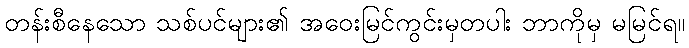
တန်းစီနေသော သစ်ပင်များ၏ အဝေးမြင်ကွင်းမှတပါး ဘာကိုမှ မမြင်ရ။